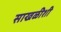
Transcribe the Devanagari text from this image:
साखळीशी